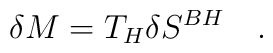
\delta M=T_H\delta S^{BH}~~~.